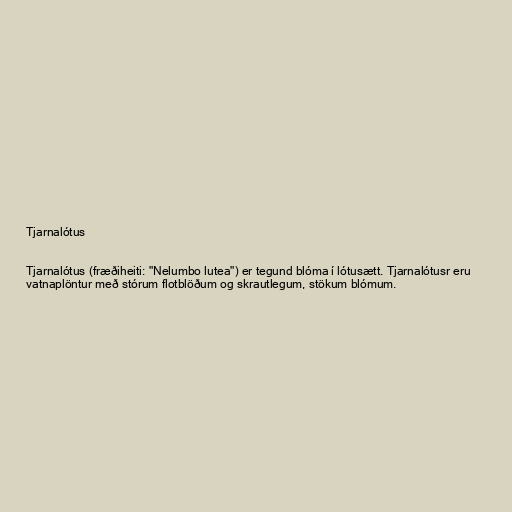
Tjarnalótus

Tjarnalótus (fræðiheiti: "Nelumbo lutea") er tegund blóma í lótusætt. Tjarnalótusr eru
vatnaplöntur með stórum flotblöðum og skrautlegum, stökum blómum.